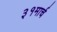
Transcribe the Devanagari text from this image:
३१मार्च